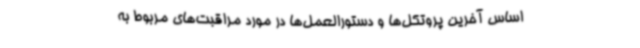
اساس آخرین پروتکل‌ها و دستورالعمل‌ها در مورد مراقبت‌های مربوط به